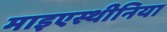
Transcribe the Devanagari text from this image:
माइएस्थीनिया